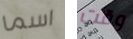
اسما وقت